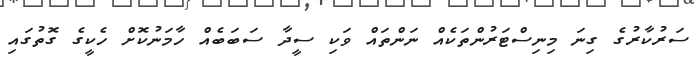
ސަރުކާރުގެ ގިނަ މިނިސްޓަރުންތަކެއް ނަންތައް ވަކި ސީދާ ސަބަބެއް ހާމަނުކޮށް ހެކީގެ ގޮތުގައި